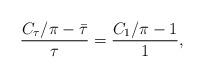
LaTeX: \begin{align*}\frac{C_{\tau}/\pi-\bar{\tau}}{\tau}=\frac{C_1/\pi-1}{1},\end{align*}